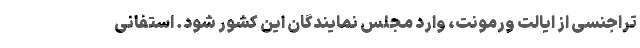
تراجنسی از ایالت ورمونت، وارد مجلس نمایندگان این کشور شود. استفانی